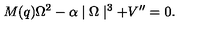
M ( q ) \Omega ^ { 2 } - \alpha \mid \Omega \mid ^ { 3 } + V ^ { \prime \prime } = 0 .